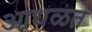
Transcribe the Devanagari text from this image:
आधळते